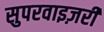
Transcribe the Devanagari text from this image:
सुपरवाइज़री